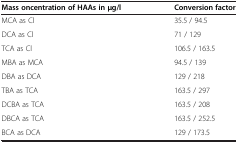
<table><thead><tr><td><b>Mass oncentration of HAAs in μg/l</b></td><td><b>Conversion factor</b></td></tr></thead><tbody><tr><td>MCA as Cl</td><td>35.5 / 94.5</td></tr><tr><td>DCA as Cl</td><td>71 / 129</td></tr><tr><td>TCA as Cl</td><td>106.5 / 163.5</td></tr><tr><td>MBA as MCA</td><td>94.5 / 139</td></tr><tr><td>DBA as DCA</td><td>129 / 218</td></tr><tr><td>TBA as TCA</td><td>163.5 / 297</td></tr><tr><td>DCBA as TCA</td><td>163.5 / 208</td></tr><tr><td>DBCA as TCA</td><td>163.5 / 252.5</td></tr><tr><td>BCA as DCA</td><td>129 / 173.5</td></tr></tbody></table>